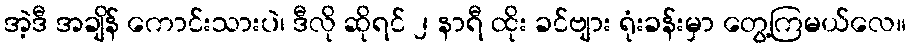
အဲ့ဒီ အချိန် ကောင်းသားပဲ၊ ဒီလို ဆိုရင် ၂ နာရီ ထိုး ခင်ဗျား ရုံးခန်းမှာ တွေ့ကြမယ်လေ။